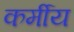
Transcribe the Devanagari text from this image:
कर्मीय